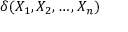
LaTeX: \delta ( X _ { 1 } , X _ { 2 } , \ldots , X _ { n } )